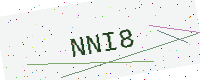
Text: NNI8